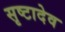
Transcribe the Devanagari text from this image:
सृष्टादेव